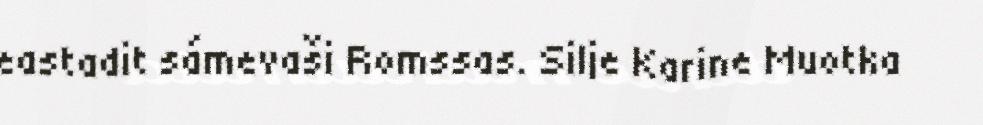
eastadit sámevaši Romssas. Silje Karine Muotka